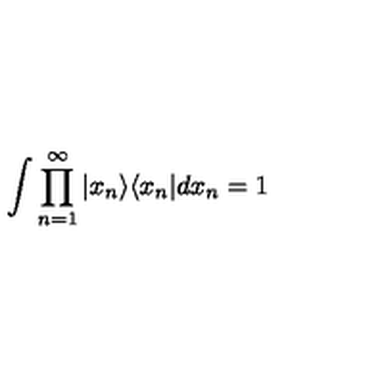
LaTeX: \int \prod _ { n = 1 } ^ { \infty } | x _ { n } \rangle \langle x _ { n } | d x _ { n } = 1